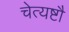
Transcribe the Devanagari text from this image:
चेत्यष्टौ